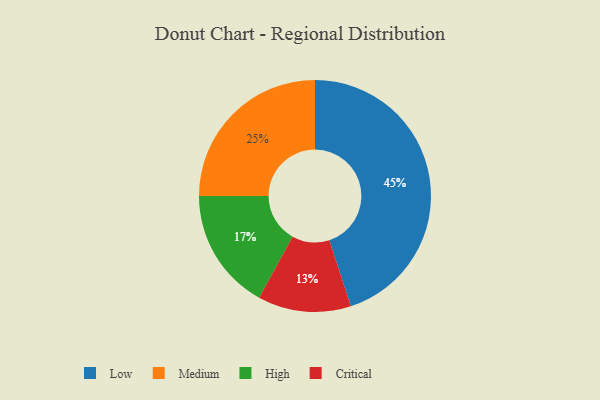
{"axis": {"x": "Category", "y": "Percentage"}, "legend": ["Critical", "High", "Low", "Medium"], "data": [{"x": "Critical", "y": 13, "type": "Critical"}, {"x": "Low", "y": 45, "type": "Low"}, {"x": "High", "y": 17, "type": "High"}, {"x": "Medium", "y": 25, "type": "Medium"}]}